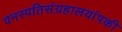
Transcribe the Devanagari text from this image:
वनस्पतिसंग्रहालयांपकी